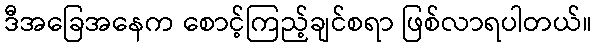
ဒီအခြေအနေက စောင့်ကြည့်ချင်စရာ ဖြစ်လာရပါတယ်။